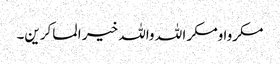
مکروا ومکر ا للہ واللہ خیر ا لماکرین۔